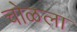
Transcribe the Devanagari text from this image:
चोळला